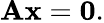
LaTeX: \mathbf{A}\mathbf{{x}}=\mathbf{{0}}.